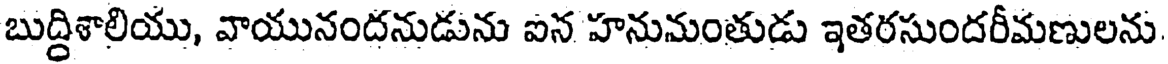
బుద్దిశాలియు, వాయునందనుడును ఐన హనుమంతుడు ఇతరసుందరీమణులను